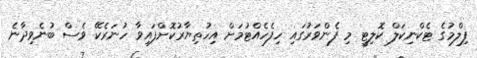
ފިލްމުގެ ޓެކްނިކަލް ކޮލިޓީ މި ފެންވަރުގައި ހިފެހެއްޓުމަށް އިހުތިޔާރުކޮށްފައިވާ ހުނަރެކޭ ވެސް ބުނެވިދާނެ